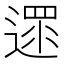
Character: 遝